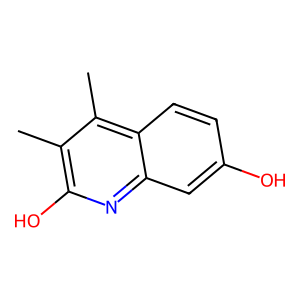
SMILES: Cc1c(O)nc2cc(O)ccc2c1C
Inhibits HIV replication: No